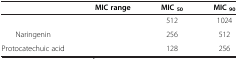
<table><thead><tr><td>[EMPTY_CELL]</td><td><b>MIC range</b></td><td><b>MIC <sub>50</sub></b></td><td><b>MIC <sub>90</sub></b></td></tr></thead><tbody><tr><td>[EMPTY_CELL]</td><td>[EMPTY_CELL]</td><td>512</td><td>1024</td></tr><tr><td>Naringenin</td><td>[EMPTY_CELL]</td><td>256</td><td>512</td></tr><tr><td>Protocatechuic acid</td><td>[EMPTY_CELL]</td><td>128</td><td>256</td></tr></tbody></table>